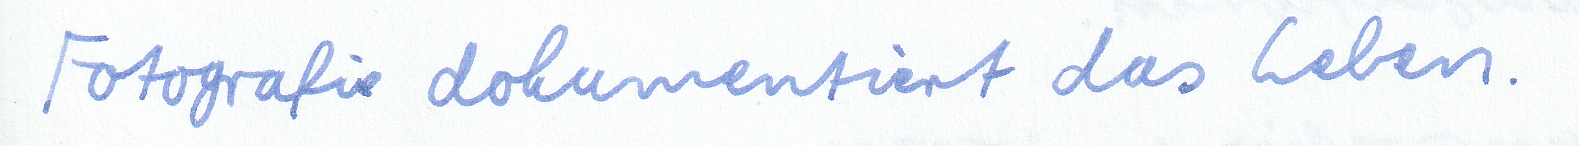
Fotografie dokumentiert das Leben.